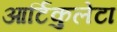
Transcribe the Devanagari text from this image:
आर्टिकुलेटा